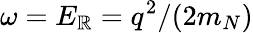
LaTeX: \omega=E_{\mathbb{R}}=q^{2}/(2m_{N})